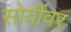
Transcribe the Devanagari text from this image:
सोयींवर